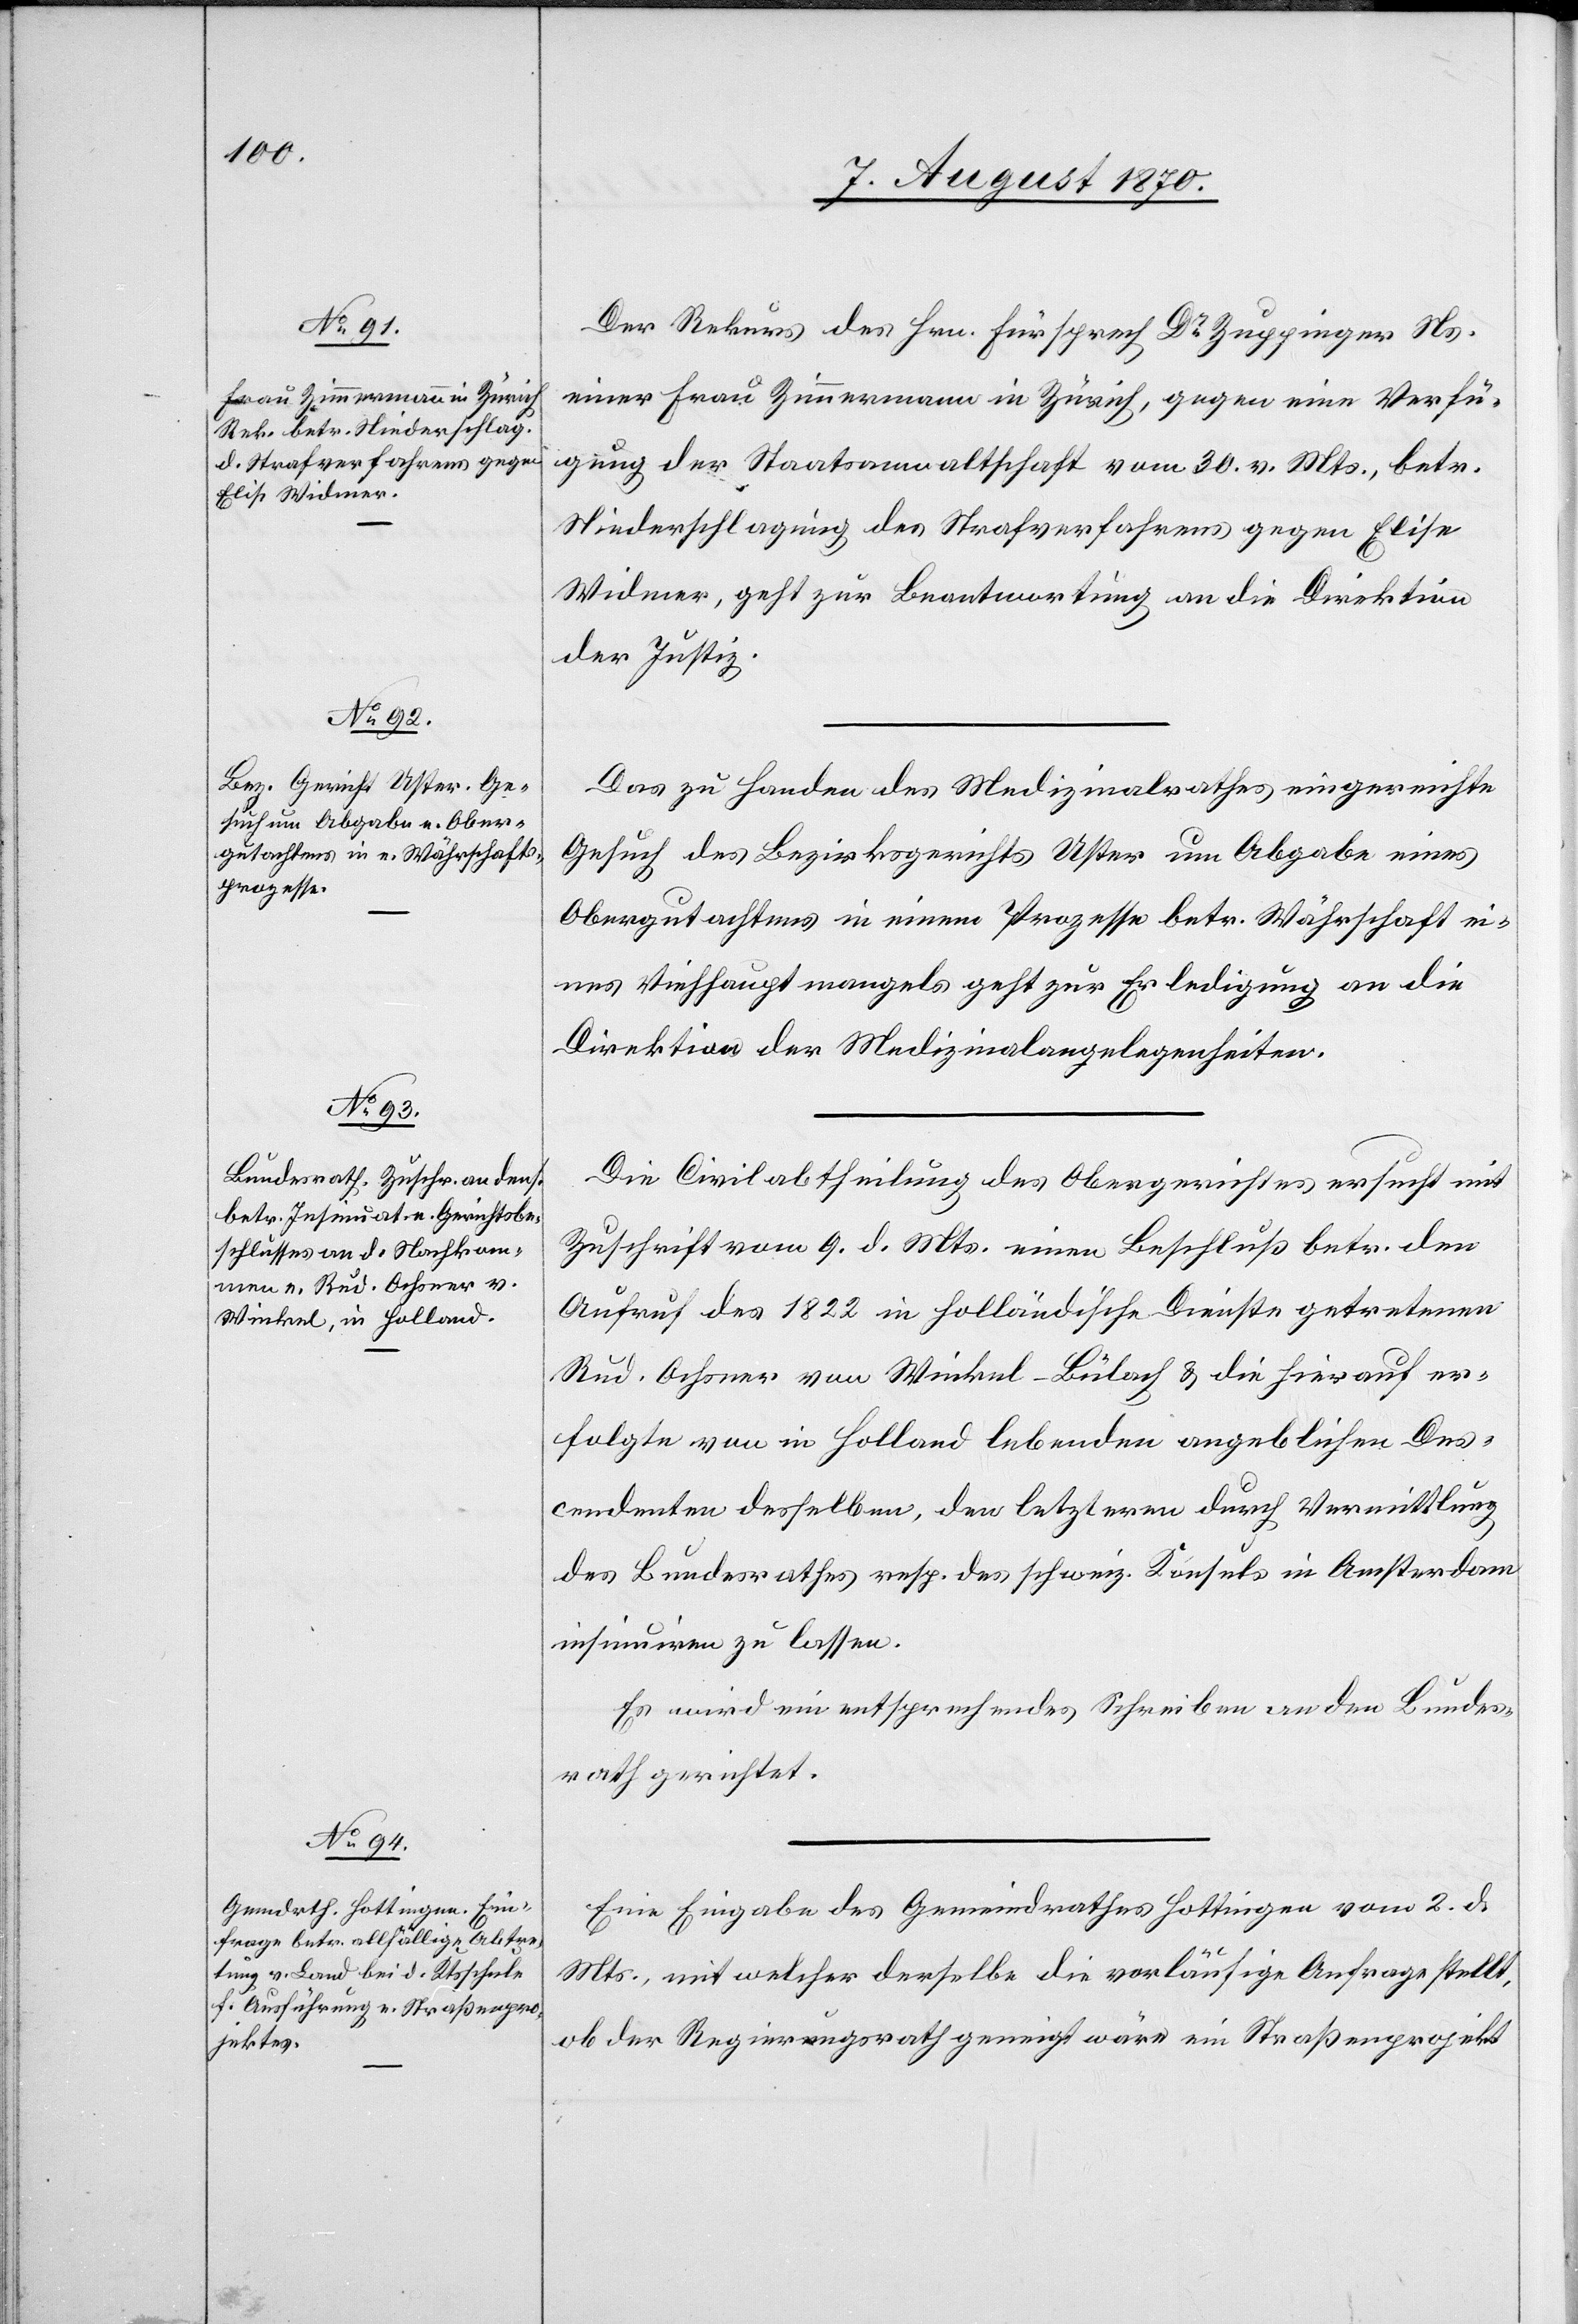
1870.]

Der Rekurs des Hrn. Fürsprech Dr Zuppinger Ns.
einer Frau Zimmermann in Zürich, gegen eine Verfü¬
gung der Staatsanwaltschaft vom 30. vor. Mts., betr.
Niederschlagung des Strafverfahrens gegen Elise
Widmer, geht zur Beantwortung an die Direktion
der Justiz.
Das zu Handen des Medizinalrathes eingereichte
Gesuch des Bezirksgerichts Uster um Abgabe eines
Obergutachtens in einem Prozesse betr. Währschaft ei¬
nes Viehhauptmangels geht zur Erledigung an die
Direktion der Medizinalangelegenheiten.
Die Civilabtheilung des Obergerichtes ersucht mit
Zuschrift vom 9. d. Mts. einen Beschluß betr. den
Aufruf des 1822 in holländische Dienst getretenen
Rud. Ochsner von Winkel - Bülach & die hierauf er¬
folgte von in Holland lebenden angeblichen Des¬
cendenten desselben, den letztern durch Vermittlung
des Bundesrathes resp. des schweiz. Konsuls in Amsterdam
insinuiren zu lassen
Es wird ein entsprechendes Schreiben an den Bundes¬
rath gerichtet.
Eine Eingabe des Gemeindrathes Hottingen vom 2. d.
Mts., mit welcher derselbe die vorläufige Anfrage stellt,
ob der Regierungsrath geneigt wäre[,] ein Straßenprojekt